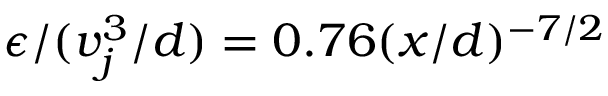
\epsilon / ( v _ { j } ^ { 3 } / d ) = 0 . 7 6 ( x / d ) ^ { - 7 / 2 }